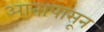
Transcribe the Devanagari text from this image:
आतापासून